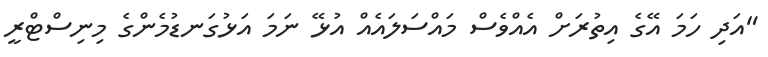
"އަދި ހަމަ އޭގެ އިތުރަށް އެއްވެސް މައްސަލައެއް އުޅޭ ނަމަ އަޅުގަނޑުމެންގެ މިނިސްޓްރީ